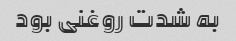
به شدت روغنی بود